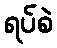
ရပ်စဲ